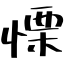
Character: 慄